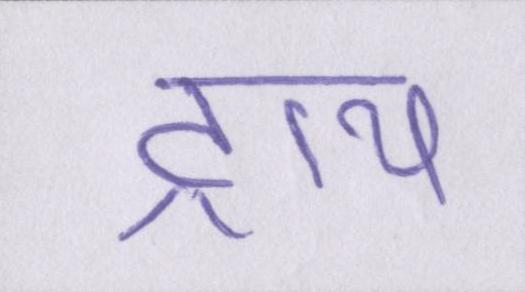
ट्राय